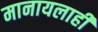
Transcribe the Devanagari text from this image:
मानायलाही